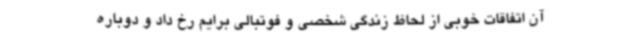
آن اتفاقات خوبی از لحاظ زندگی شخصی و فوتبالی برایم رخ داد و دوباره